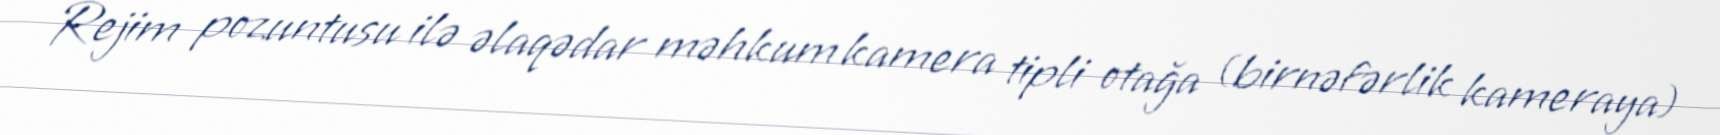
Rejim pozuntusu ilə əlaqədar məhkum kamera tipli otağa (birnəfərlik kameraya)